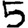
Digit: 5